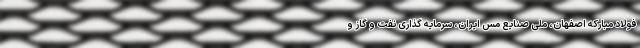
فولاد مبارکه اصفهان، ملی صنایع مس ایران، سرمایه گذاری نفت و گاز و